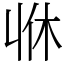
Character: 𠁫